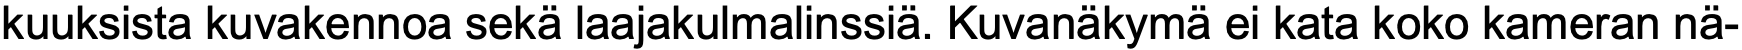
kuuksista kuvakennoa sekä laajakulmalinssiä. Kuvanäkymä ei kata koko kameran nä-